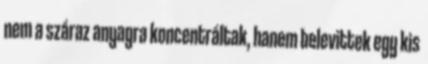
nem a száraz anyagra koncentráltak, hanem belevittek egy kis